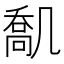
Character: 𠙪